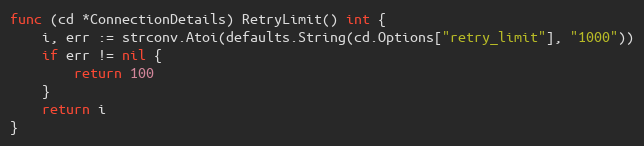
Language: Go
func (cd *ConnectionDetails) RetryLimit() int {
	i, err := strconv.Atoi(defaults.String(cd.Options["retry_limit"], "1000"))
	if err != nil {
		return 100
	}
	return i
}